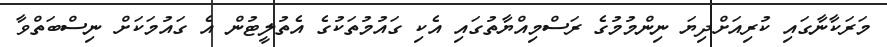
މަރަކާނާގައި ކުރިއަށްދިޔަ ނިންމުމުގެ ރަސްމިއްޔާތުގައި އެކި ގައުމުތަކުގެ އެތުލީޓުން އެ ގައުމަކަށް ނިސްބަތްވާ